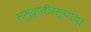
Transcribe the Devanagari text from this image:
समुद्रातीरस्थांचा